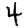
Digit: 4